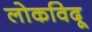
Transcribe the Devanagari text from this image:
लोकविदू